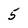
Character: 5